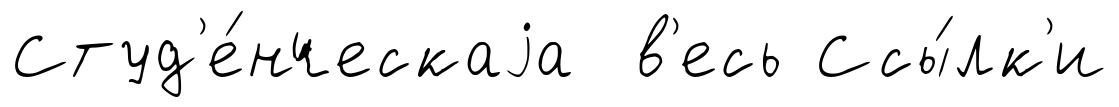
Студ'е́нческаjа в'есь Ссы́лк'и